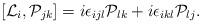
LaTeX: \begin{align*}[{\cal L}_i,{\cal P}_{jk}]=i{\epsilon}_{ijl}{\cal P}_{lk}+i{\epsilon}_{ikl}{\cal P}_{lj}.\end{align*}